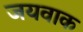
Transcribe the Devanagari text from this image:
जयवाक